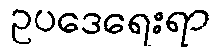
ဥပဒေရေးရာ